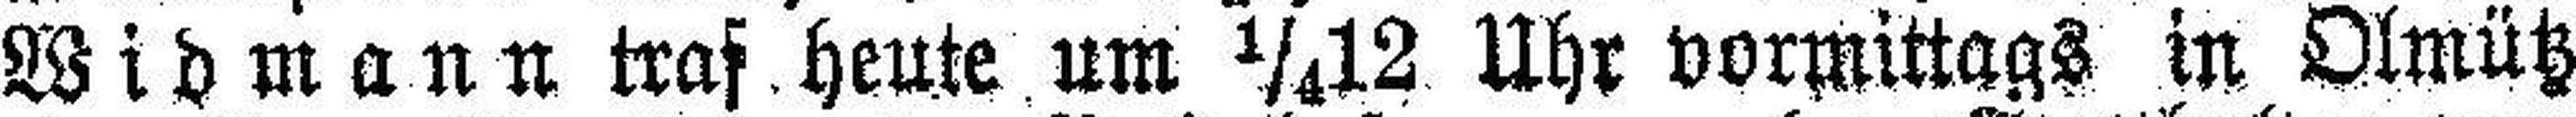
Widmann traf heute um ¼12 Uhr vormittags in Olmütz